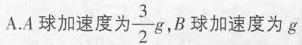
A.A球加速度为\frac{3}{2}g,B球加速度为g